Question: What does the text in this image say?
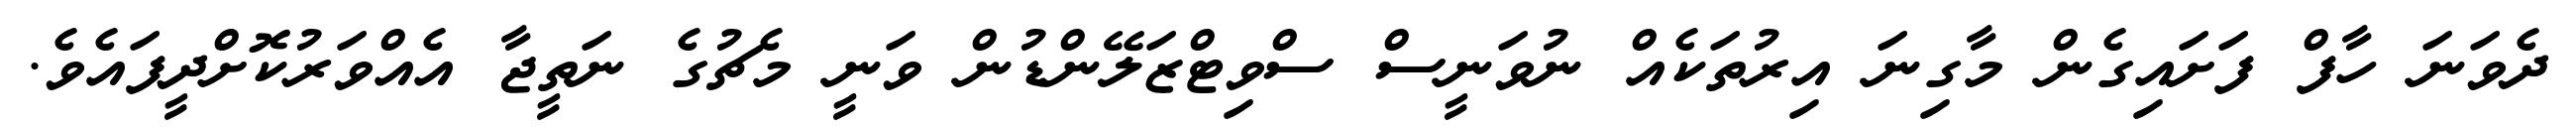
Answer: ދެވަނަ ހާފް ފަށައިގެން މާގިނަ އިރުތަކެއް ނުވަނީސް ސްވިޓްޒަލޭންޑުން ވަނީ މެޗުގެ ނަތީޖާ އެއްވަރުކޮށްދީފައެވެ.